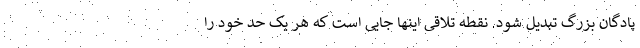
پادگان بزرگ تبدیل شود. نقطه تلاقی اینها جایی است که هر یک حد خود را